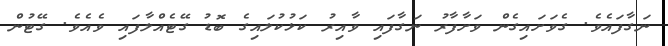
ނަގާފައެވެ. ގެވަށައިގެން ވަށާފާރު ނަގާފައި ވާއިރު ކަޅުކުލައިގެ ބޮޑު ގޭޓެއްލާފައި ވެއެވެ. ގޭޓުން